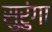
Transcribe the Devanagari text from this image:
सुरुंगा